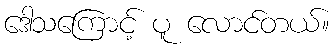
ဒေါသကြောင့် ပူ လောင်တယ်။